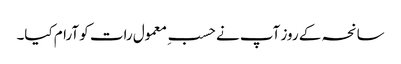
سانحہ کے روز آپ نے حسبِ معمول رات کو آرام کیا۔